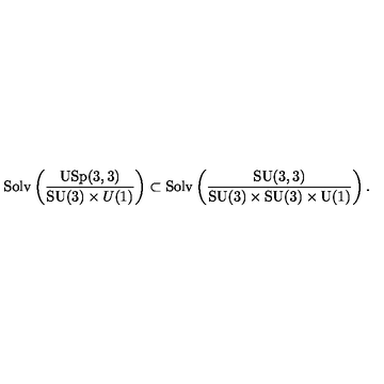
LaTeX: \mathrm { S o l v } \left( \frac { \mathrm { U S p } ( 3 , 3 ) } { \mathrm { S U } ( 3 ) \times { U } ( 1 ) } \right) \subset \mathrm { S o l v } \left( \frac { \mathrm { S U } ( 3 , 3 ) } { \mathrm { S U } ( 3 ) \times \mathrm { S U } ( 3 ) \times \mathrm { U } ( 1 ) } \right) .